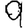
Digit: 9